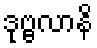
ဒုဗ္ဗလာနိ